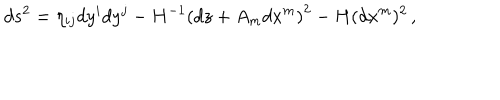
LaTeX: d s ^ { 2 } = \eta _ { i j } d y ^ { i } d y ^ { j } - H ^ { - 1 } \left( d z + { A } _ { m } d x ^ { m } \right) ^ { 2 } - H ( d x ^ { m } ) ^ { 2 } \, ,